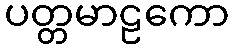
ပတ္တမာဠကော